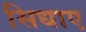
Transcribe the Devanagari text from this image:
सिधाए